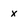
Character: x